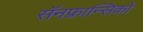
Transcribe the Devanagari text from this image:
सॅनफ्रान्सिको